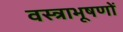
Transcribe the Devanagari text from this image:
वस्‍त्राभूषणों